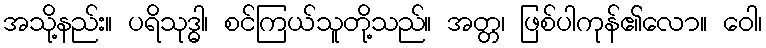
အသို့နည်း။ ပရိသုဒ္ဓါ၊ စင်ကြယ်သူတို့သည်။ အတ္တ၊ ဖြစ်ပါကုန်၏လော။ ဝေါ၊